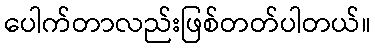
ပေါက်တာလည်းဖြစ်တတ်ပါတယ်။